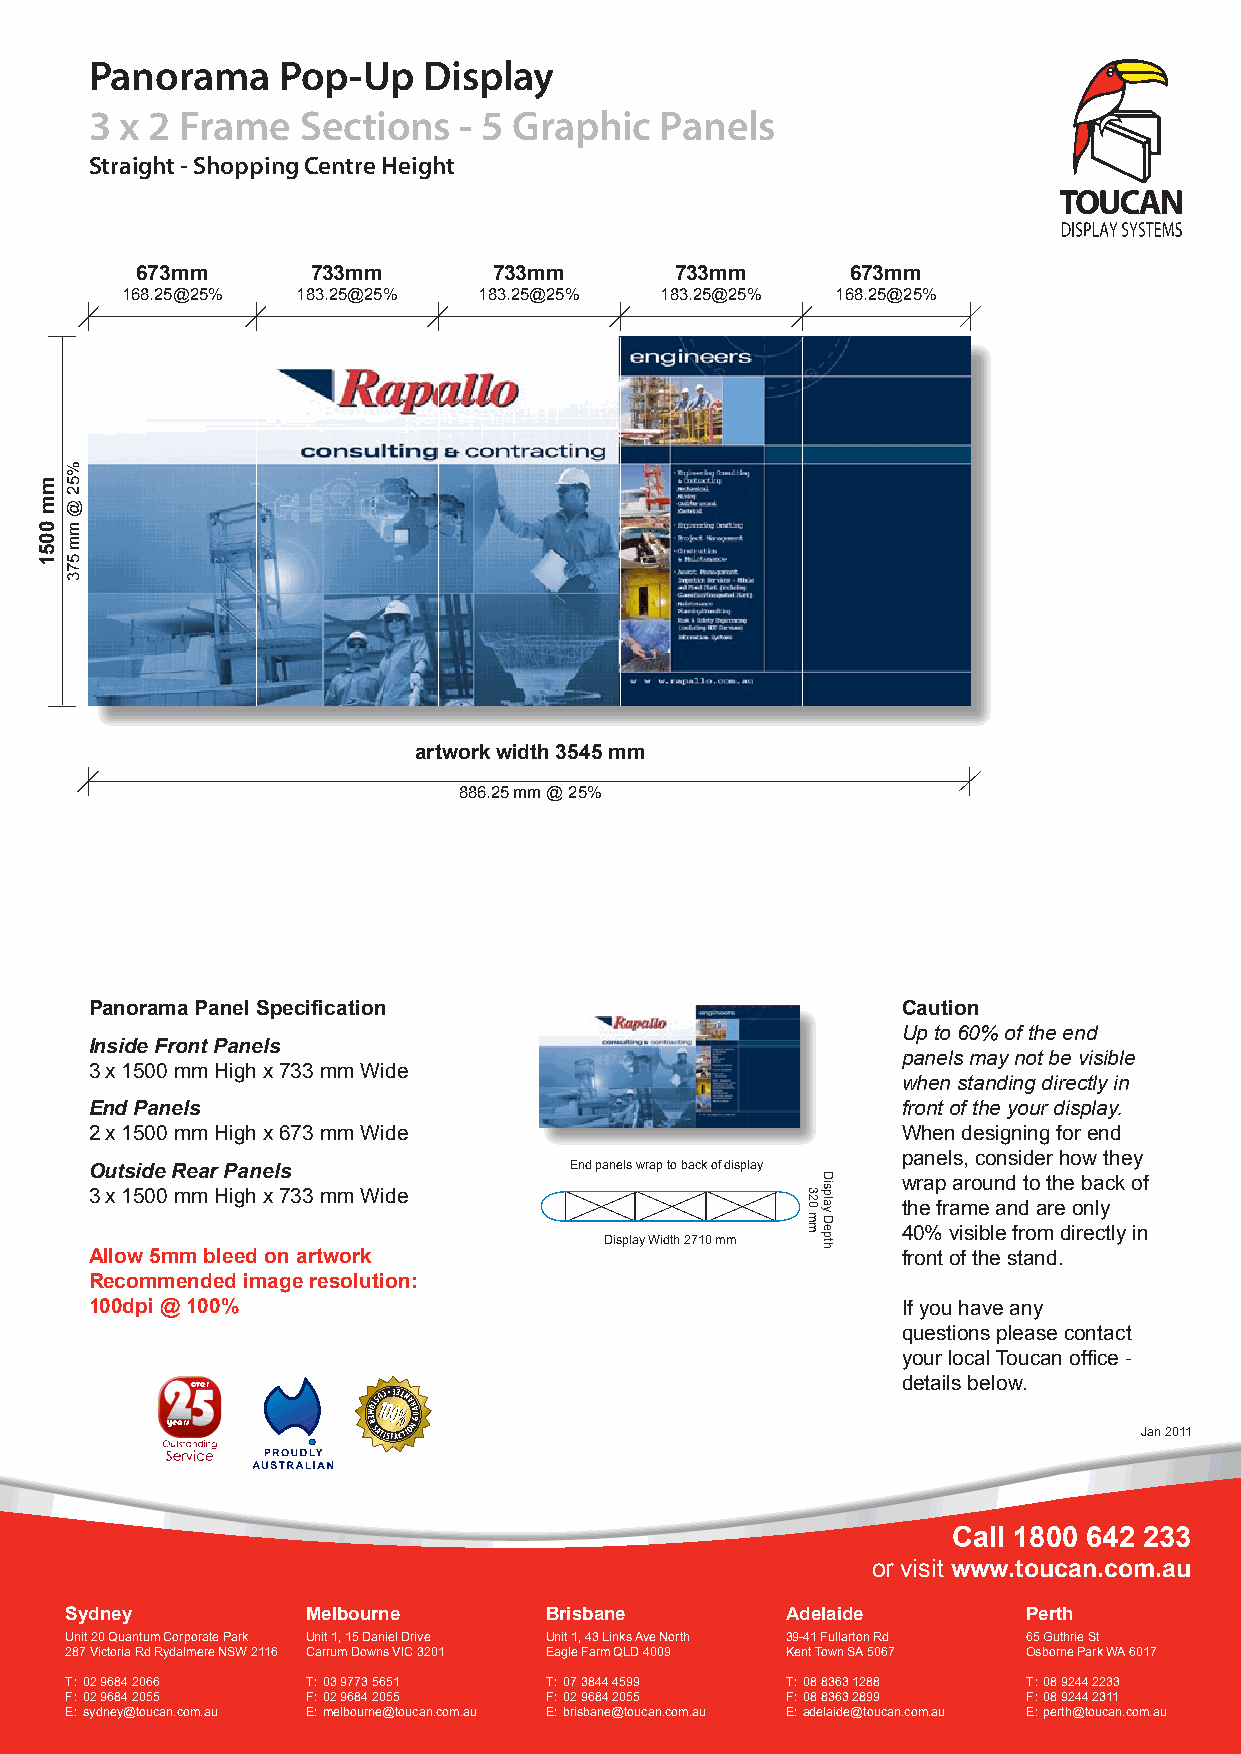
Panorama    Pop-Up    Display
 3 x 2 Frame   Sections  - 5 Graphic   Panels
 Straight - Shopping Centre Height
 673mm       733mm       733mm       733mm      673mm
 168.25@25%  183.25@25%  183.25@25%  183.25@25% 168.25@25%
 artwork width 3545 mm
 886.25 mm @ 25%
 Panorama Panel Specification                          Caution
 Up to 60% of the end
 Inside Front Panels
 panels may not be visible
 3 x 1500 mm High x 733 mm Wide
 when standing directly in
 End Panels                                            front of the your display.
 2 x 1500 mm High x 673 mm Wide                        When designing for end
 panels, consider how they
 Outside Rear Panels             End panels wrap to back of display
 wrap around to the back of
 3 x 1500 mm High x 733 mm Wide
 the frame and are only
 40% visible from directly in
 Display Width 2710 mm
 Allow 5mm bleed on artwork                            front of the stand.
 Recommended image resolution:
 100dpi @ 100%                                         If you have any
 questions please contact
 your local Toucan office -
 over                                           details below.
 years
 Jan 2011
 Call 1800 642 233
 or visit www.toucan.com.au
 Sydney          Melbourne       Brisbane        Adelaide        Perth
 Unit 20 Quantum Corporate Park Unit 1, 15 Daniel Drive Unit 1, 43 Links Ave North 39-41 Fullarton Rd 65 Guthrie St
 287 Victoria Rd Rydalmere NSW 2116 Carrum Downs VIC 3201 Eagle Farm QLD 4009 Kent Town SA 5067 Osborne Park WA 6017
 T : 02 9684 2066 T : 03 9773 5651 T : 07 3844 4599 T : 08 8363 1288 T : 08 9244 2233
 F : 02 9684 2055 F : 02 9684 2055 F : 02 9684 2055 F : 08 8363 2899 F : 08 9244 2311
 E : sydney@toucan.com.au E : melbourne@toucan.com.au E : brisbane@toucan.com.au E : adelaide@toucan.com.au E : perth@toucan.com.au
 mm
 0051
 %52
 @
 mm
 573
 320
 mm
 Display
 Depth